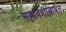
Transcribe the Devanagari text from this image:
समावेशाबाबत